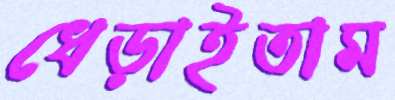
ধেড়াইতাম